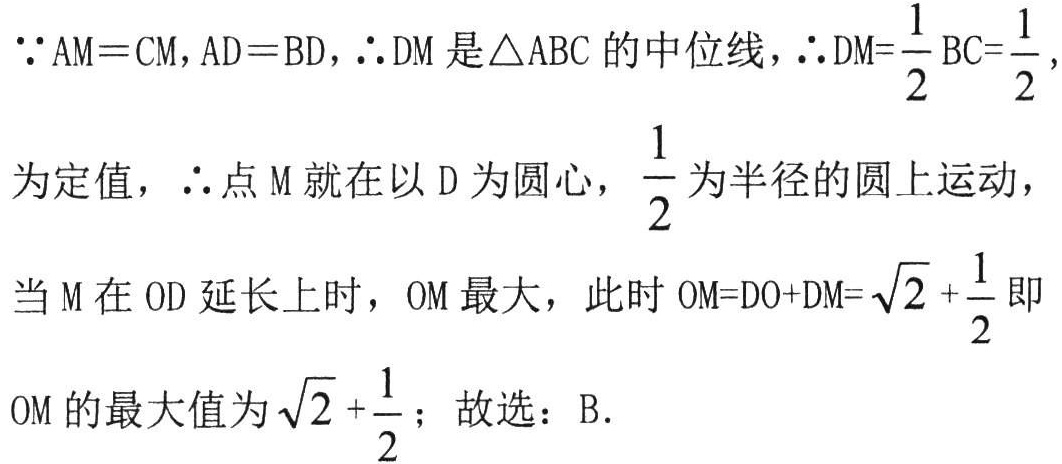
\(\because AM = CM, AD = BD, \therefore DM\)是\(\triangle ABC\)的中位线，\(\therefore DM = \frac{1}{2}BC=\frac{1}{2}\)，

为定值，\(\therefore\)点\(M\)就在以\(D\)为圆心，\(\frac{1}{2}\)为半径的圆上运动，

当\(M\)在\(OD\)延长上时，\(OM\)最大，此时\(OM = DO + DM=\sqrt{2}+\frac{1}{2}\)即

\(OM\)的最大值为\(\sqrt{2}+\frac{1}{2}\)；故选：B.